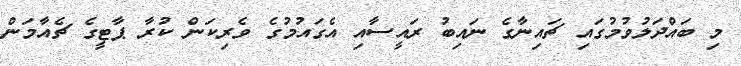
މި ބައްދަލުވުމުގައި ޗައިނާގެ ނައިބު ރައީސާއި އެގައުމުގެ ވެރިކަން ކުރާ ޕާޓީގެ ޗެއާމަން